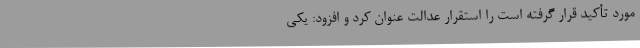
مورد تأکید قرار گرفته است را استقرار عدالت عنوان کرد و افزود: یکی